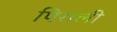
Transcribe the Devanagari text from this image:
पिराली